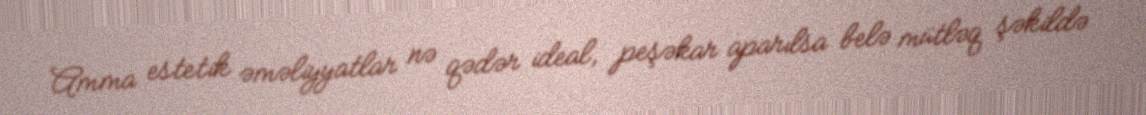
Amma estetik əməliyyatlar nə qədər ideal, peşəkar aparılsa belə mütləq şəkildə